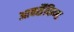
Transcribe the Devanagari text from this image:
आर्क्सैकिण्ड